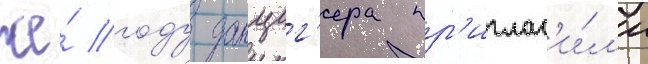
же́ году данциг'ера пр'иглас'и́л'и